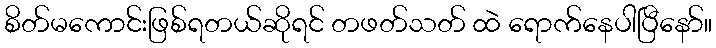
စိတ်မကောင်းဖြစ်ရတယ်ဆိုရင် တဖတ်သတ် ထဲ ရောက်နေပါပြီနော်။